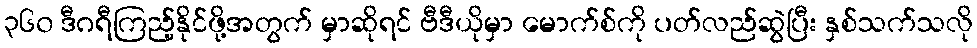
၃၆၀ ဒီဂရီကြည့်နိုင်ဖို့အတွက် မှာဆိုရင် ဗီဒီယိုမှာ မောက်စ်ကို ပတ်လည်ဆွဲပြီး နှစ်သက်သလို